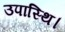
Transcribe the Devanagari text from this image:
उपास्थि।